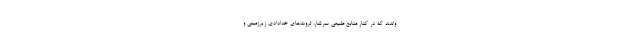
واندند که در کنار منابع طبیعی سرشار، ثروت‌های خدادادی زیرزمینی و